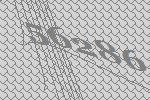
56286